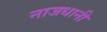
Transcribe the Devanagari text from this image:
नाजधानी